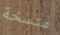
متسخة